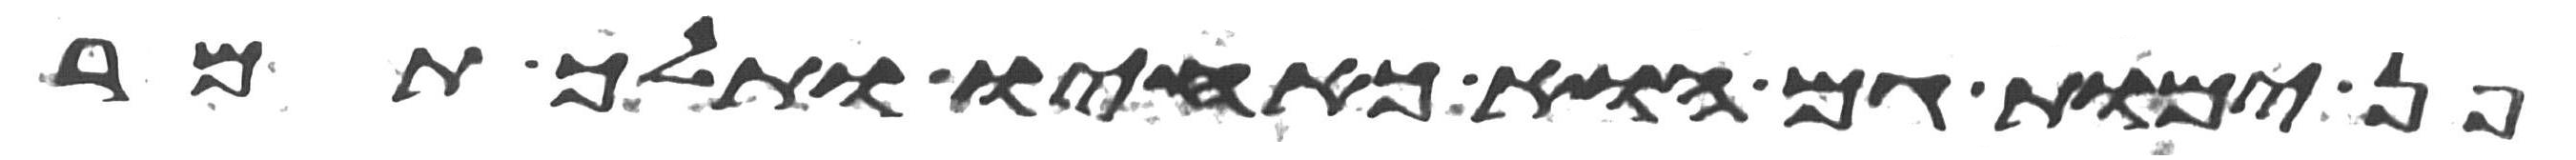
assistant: פן ימות גם הוא כאחיו ותלך תמר